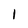
Character: 1